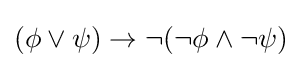
(\phi \lor \psi )\to \neg (\neg \phi \land \neg \psi )